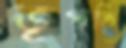
ভূপতি